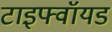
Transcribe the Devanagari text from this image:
टाइफ्वॉयड